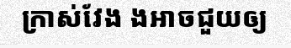
ក្រាស់វែង ងអាចជួយឲ្យ